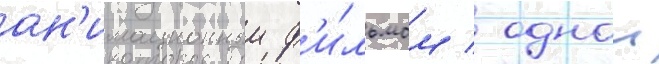
ан'имационным ф'и́льмом / однои